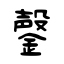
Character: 鏧